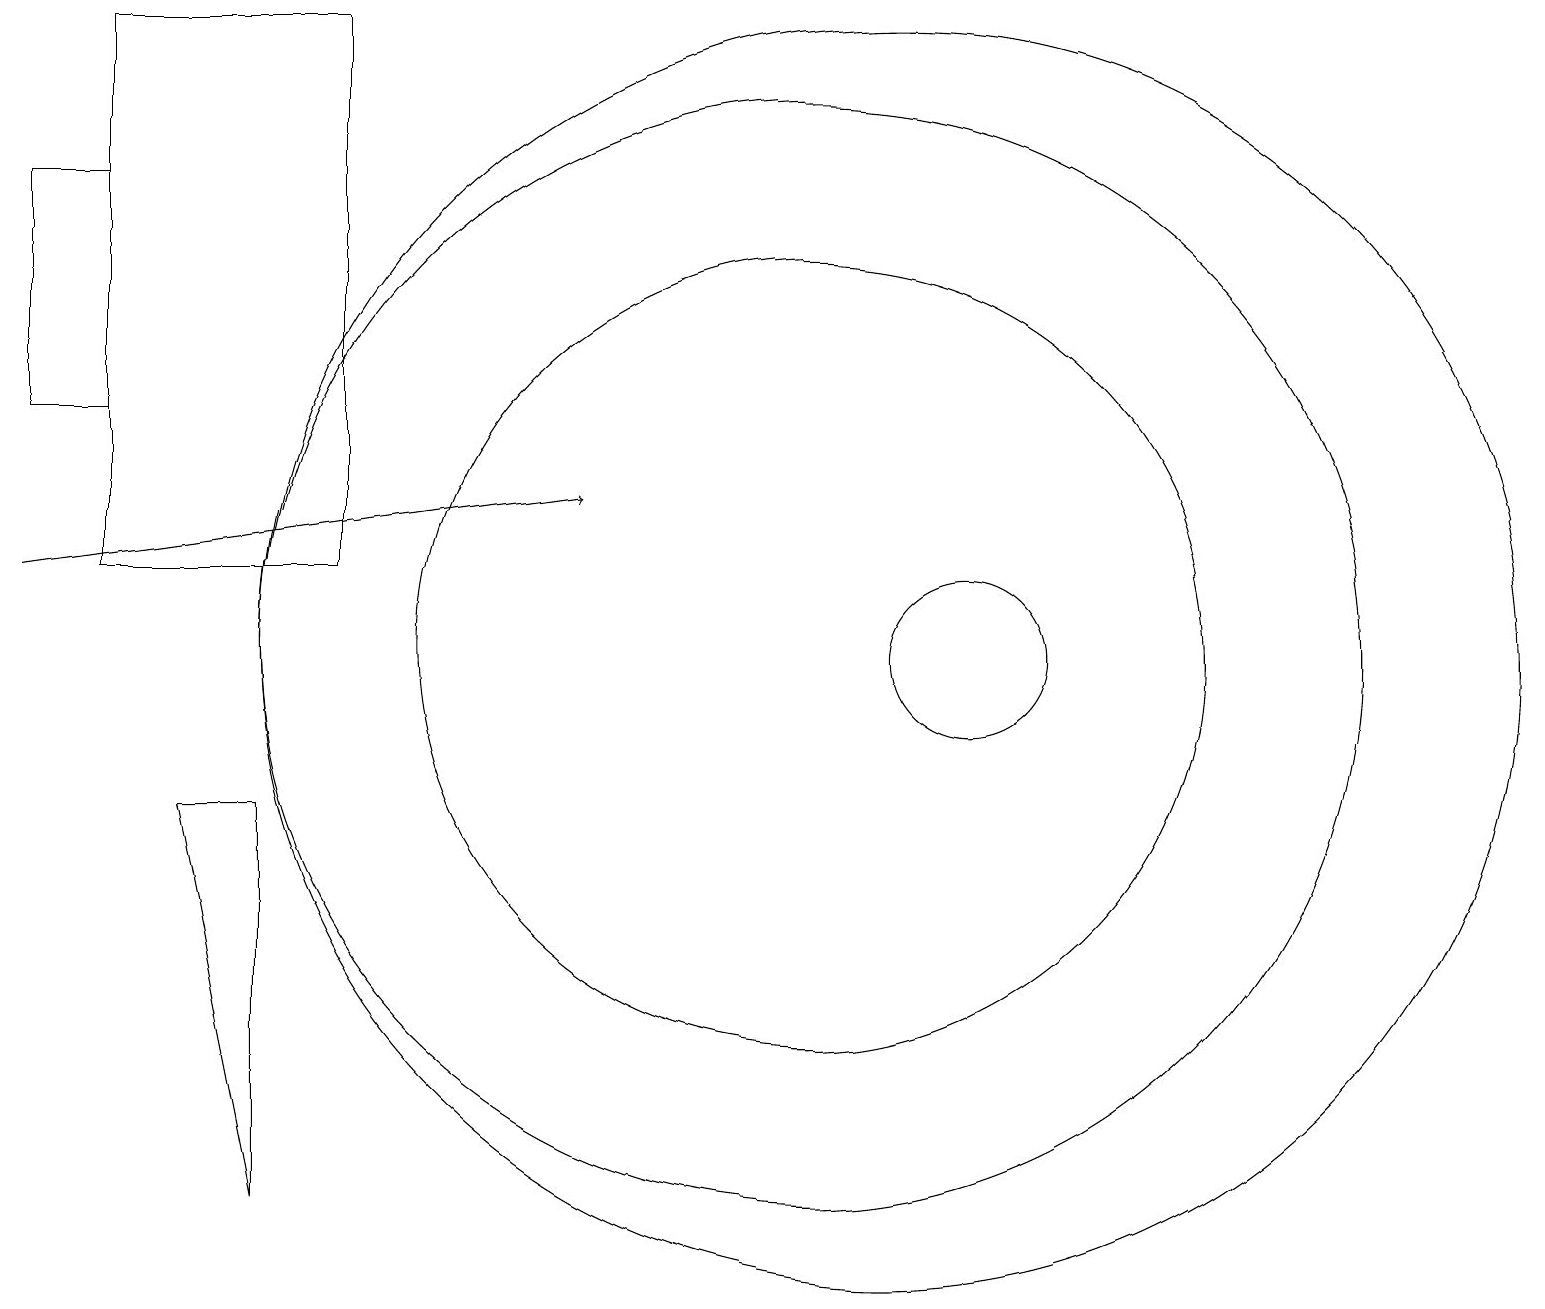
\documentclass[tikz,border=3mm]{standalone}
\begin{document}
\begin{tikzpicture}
\draw (12,10) circle (1);
\draw (3,8) -- (3,3) -- (2,8) -- cycle;
\draw (1,11) rectangle (4,18);
\draw (10,10) circle (7);
\draw (1,13) rectangle (0,16);
\draw[->] (0,11) -- (7,12);
\draw (11,10) circle (8);
\draw (10,10) circle (5);
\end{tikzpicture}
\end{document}